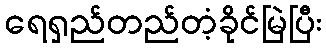
ရေရှည်တည်တံ့ခိုင်မြဲပြီး